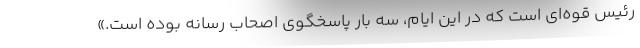
رئیس قوه‌ای است که در این ایام، سه بار پاسخگوی اصحاب رسانه بوده است.»